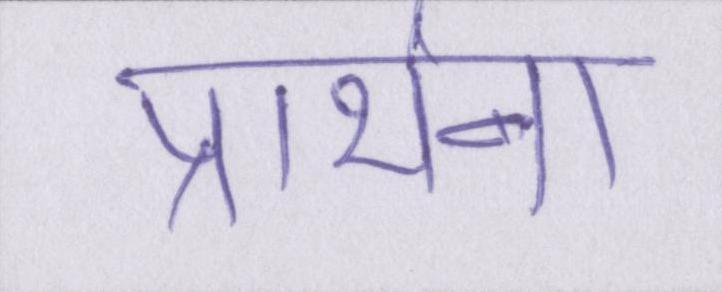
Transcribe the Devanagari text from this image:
प्रार्थना